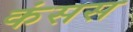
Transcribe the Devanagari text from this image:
कंसस